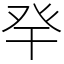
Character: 癷